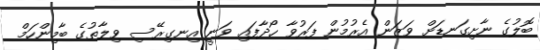
ބޮލުގެ ނާށިގަނޑަށް ވަޒަން އެރުމުން ފަރުވާ ހޯދާފައި ވަނީ އިނގިރޭސި ވިލާތުގެ ބާމިންހަމް